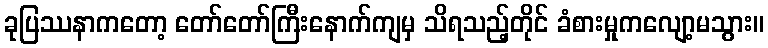
ခုပြဿနာကတော့ တော်တော်ကြီးနောက်ကျမှ သိရသည့်တိုင် ခံစားမှုကလျော့မသွား။